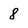
Character: 8